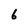
Character: 6